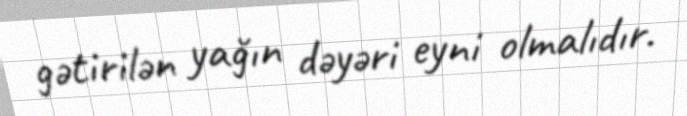
gətirilən yağın dəyəri eyni olmalıdır.